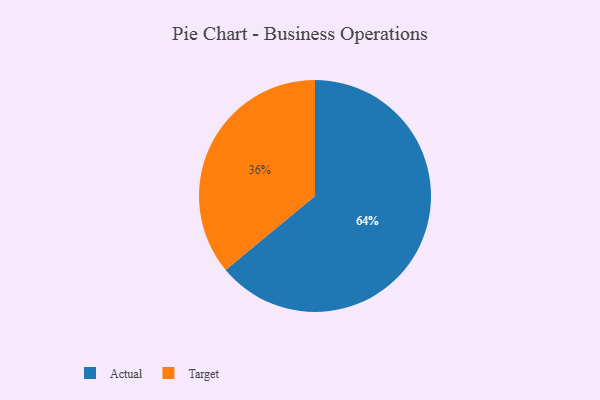
{"axis": {"x": "Category", "y": "Percentage"}, "legend": ["Actual", "Target"], "data": [{"x": "Target", "y": 36, "type": "Target"}, {"x": "Actual", "y": 64, "type": "Actual"}]}